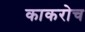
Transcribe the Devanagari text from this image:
काकरोच